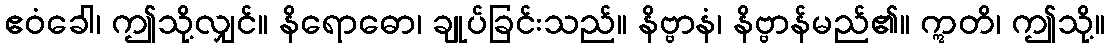
ဧဝံခေါ၊ ဤသို့လျှင်။ နိရောဓော၊ ချုပ်ခြင်းသည်။ နိဗ္ဗာနံ၊ နိဗ္ဗာန်မည်၏။ ဣတိ၊ ဤသို့။